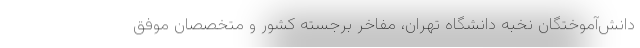
دانش‌آموختگان نخبه دانشگاه تهران، مفاخر برجسته کشور و متخصصان موفق